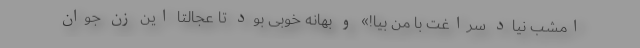
امشب نیاد سراغت با من بیا!» و بهانه خوبی بود تا عجالتاً این زن جوان